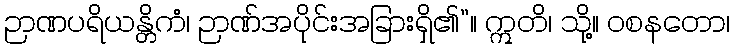
ဉာဏပရိယန္တိကံ၊ ဉာဏ်အပိုင်းအခြားရှိ၏”။ ဣတိ၊ သို့။ ဝစနတော၊